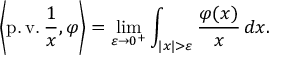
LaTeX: \left\langle \operatorname { p . v . } { \frac { 1 } { x } } , \varphi \right\rangle = \operatorname* { l i m } _ { \varepsilon \to 0 ^ { + } } \int _ { | x | > \varepsilon } { \frac { \varphi ( x ) } { x } } \, d x .